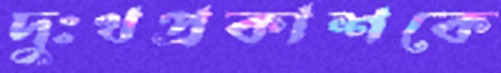
দুঃখপ্রকাশকে